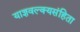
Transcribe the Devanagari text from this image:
याज्ञवल्क्यसंहिता